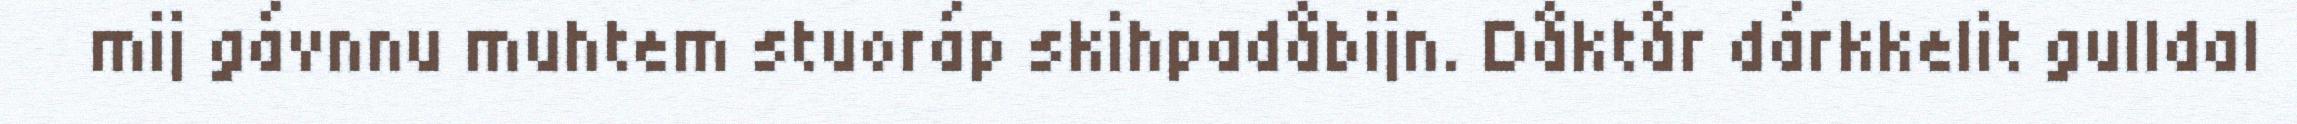
mij gávnnu muhtem stuoráp skihpadåbijn. Dåktår dárkkelit gulldal